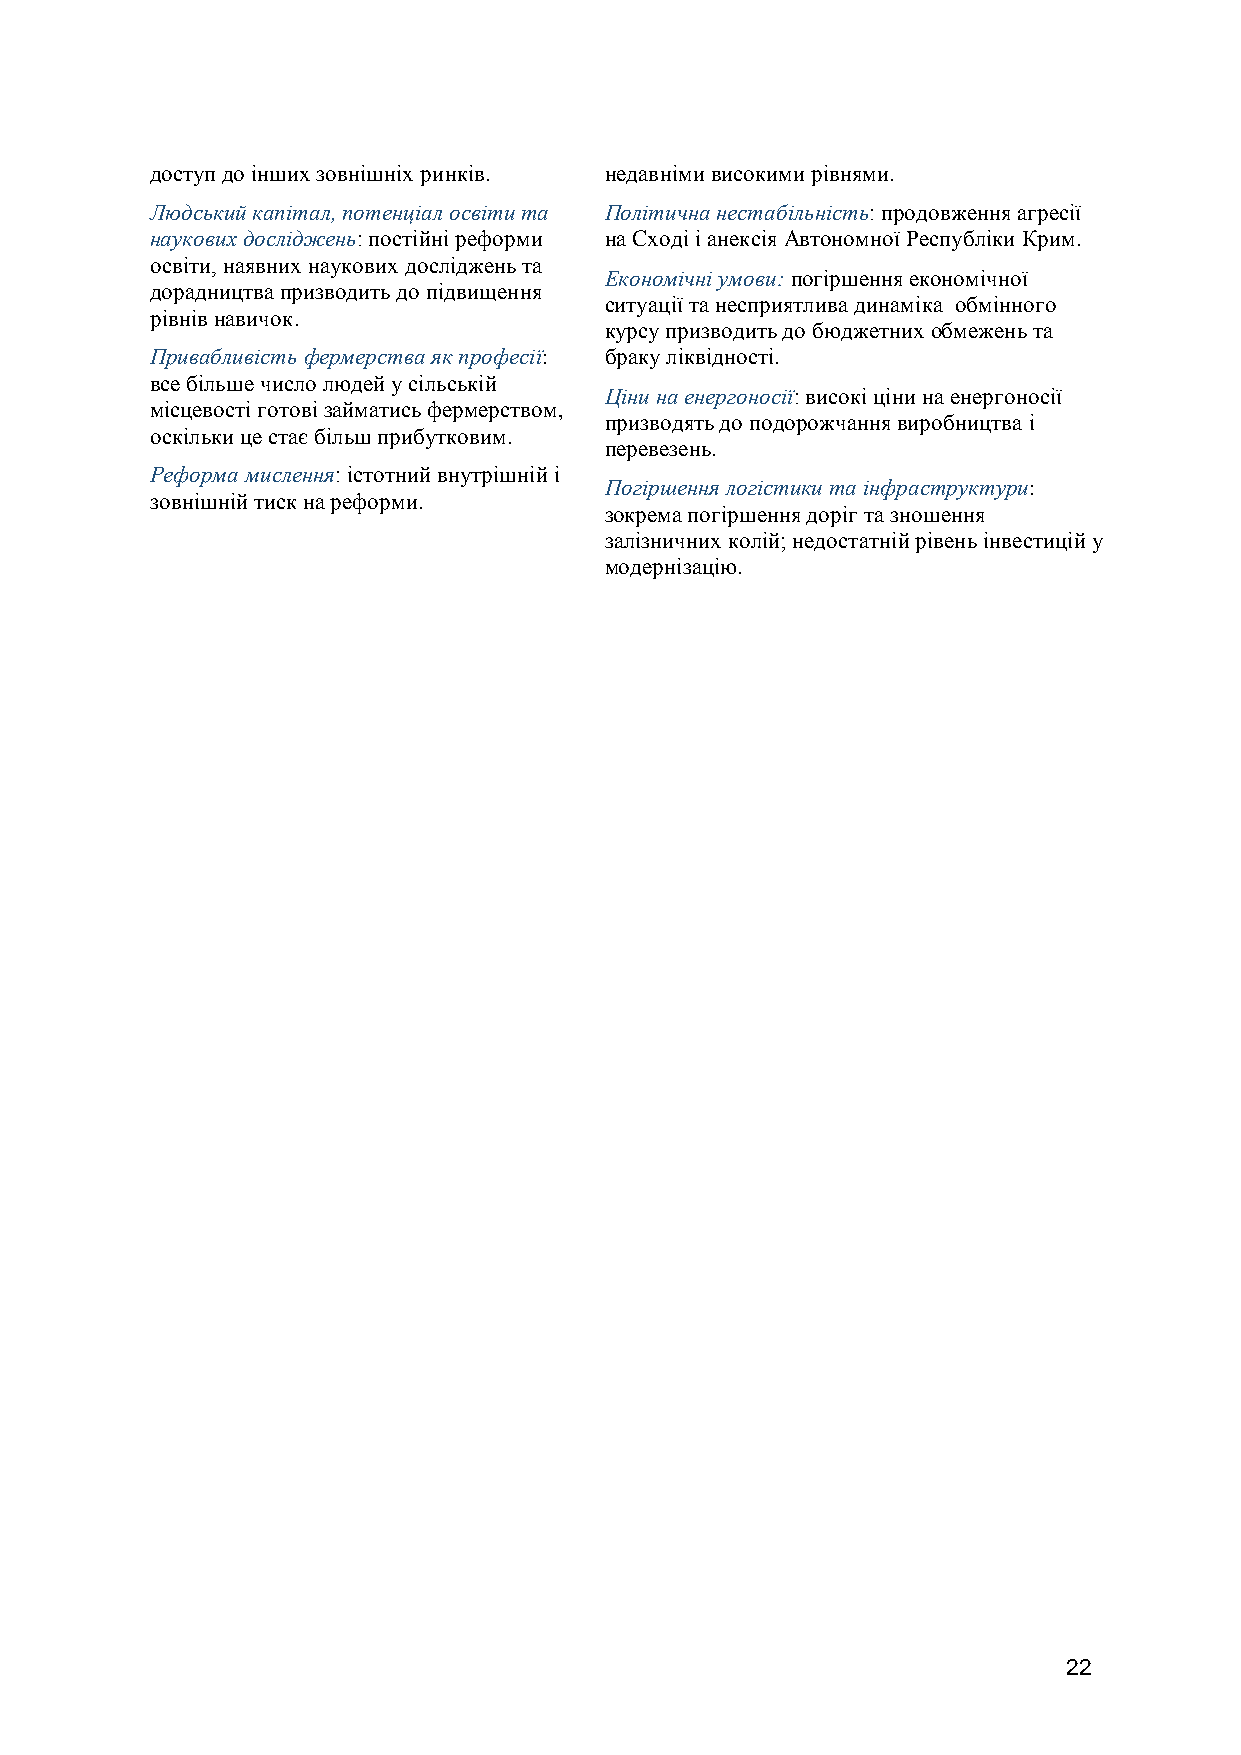
доступ до інших зовнішніх ринків. недавніми високими рівнями.
 Людський капітал, потенціал освіти та Політична нестабільність: продовження агресії
 наукових досліджень: постійні реформи на Сході і анексія Автономної Республіки Крим.
 освіти, наявних наукових досліджень та
 Економічні умови: погіршення економічної
 дорадництва призводить до підвищення
 ситуації та несприятлива динаміка обмінного
 рівнів навичок.
 курсу призводить до бюджетних обмежень та
 Привабливість фермерства як професії: браку ліквідності.
 все більше число людей у сільській
 Ціни на енергоносії: високі ціни на енергоносії
 місцевості готові займатись фермерством,
 призводять до подорожчання виробництва і
 оскільки це стає більш прибутковим.
 перевезень.
 Реформа мислення: істотний внутрішній і
 Погіршення логістики та інфраструктури:
 зовнішній тиск на реформи.
 зокрема погіршення доріг та зношення
 залізничних колій; недостатній рівень інвестицій у
 модернізацію.
 22